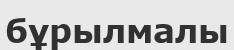
бұрылмалы